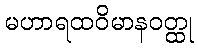
မဟာရထဝိမာနဝတ္ထု